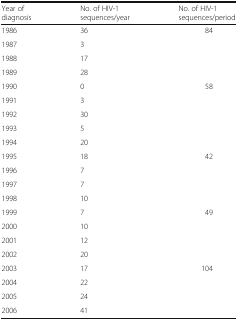
| Year of diagnosis | No. of HIV-1 sequences/year | No. of HIV-1 sequences/period |
 | --- | --- | --- |
 | 1986 | 36 | <ROWSPAN=4> 84 |
 | 1987 | 3 |
 | 1988 | 17 |
 | 1989 | 28 |
 | 1990 | 0 | <ROWSPAN=5> 58 |
 | 1991 | 3 |
 | 1992 | 30 |
 | 1993 | 5 |
 | 1994 | 20 |
 | 1995 | 18 | <ROWSPAN=4> 42 |
 | 1996 | 7 |
 | 1997 | 7 |
 | 1998 | 10 |
 | 1999 | 7 | <ROWSPAN=4> 49 |
 | 2000 | 10 |
 | 2001 | 12 |
 | 2002 | 20 |
 | 2003 | 17 | <ROWSPAN=4> 104 |
 | 2004 | 22 |
 | 2005 | 24 |
 | 2006 | 41 |